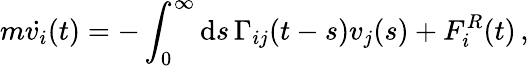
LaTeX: m\dot{v_{i}}(t)=-\int_{0}^{\infty}\mathrm{d}s\, \Gamma_{ij}(t-s)v_{j}(s)+F_{i}^{R}(t)\, ,